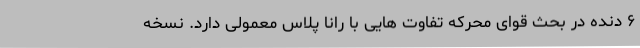
۶ دنده در بحث قوای محرکه تفاوت هایی با رانا پلاس معمولی دارد. نسخه